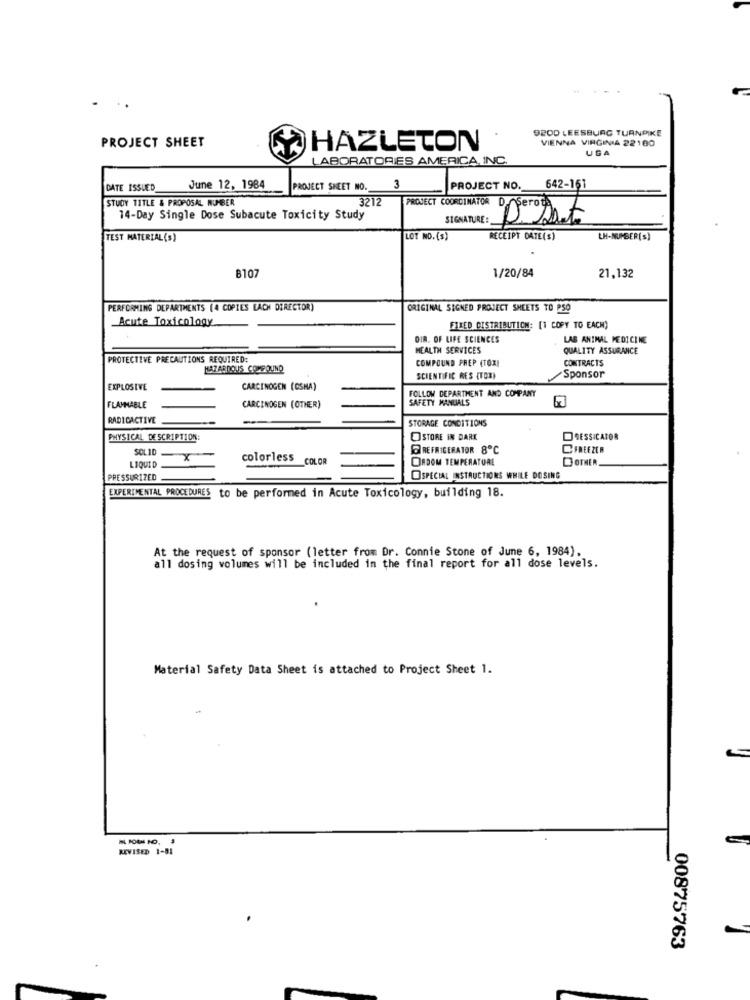
9200 LEESBURG TURNPIKE
VIENNA VIRGINIA 22100
PROJECT SHEET
HAZLETON
USA
LABORATORIES AMERICA, INC.
3
DATE ISSUED_
June 12, 1984
PROJECT SHEET NO.
PROJECT NO.
642-161
STUDY TITLE & PROPOSAL NUMBER
3212
PROJECT COORDINATOR D. Seroth,
14-Day Single Dose Subacute Toxicity Study
SIGNATURE:
D. Sent
TEST MATERIAL (S)
LOT NO. (S)
RECEIPT DATE(S)
LH-NUMBER(S)
8107
1/20/84
21,132
PERFORMING DEPARTMENTS (4 COPIES EACH DIRECTOR)
ORIGINAL SIGNED PROJECT SHEETS TO PSO
Acute Toxicology
FILED DISTRIBUTION: [1 COPY TO EACH)
DIR. OF LIFE SCIENCES
LAB ANIMAL MEDICINE
HEALTH SERVICES
QUALITY ASSURANCE
PROTECTIVE PRECAUTIONS REQUIRED:
COMPOUND PREP (TOXI
CONTRACTS
HAZARDOUS COMPOUND
SCIENTIFIC RES (TOX)
Sponsor
EXPLOSIVE
CARCINOGEN (OSHA)
FOLLOW DEPARTMENT AND COMPANY
SAFETY MANUALS
FLAMMABLE
CARCINOGEN (OTHER)
RADICACTIVE
STORAGE CONDITIONS
PHYSICAL DE SCRIPTION:
STORE IN DARK
GESSICATOR
SOLID
REFRIGERATOR 8℃
CFREEZER
-x
colorless COLOR
ORDOM TEMPERATURE
OTHER
LIQUID
PRESSURIZED
SPECIAL INSTRUCTIONS WHILE DOSING
EXPERIMENTAL PROCEDURES to be performed in Acute Toxicology, building 18.
At the request of sponsor (letter from Dr. Connie Stone of June 6, 1984),
all dosing volumes will be included in the final report for all dose levels.
Material Safety Data Sheet is attached to Project Sheet 1.
REVISED 1-81
00875763